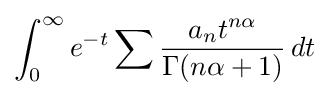
\int _{0}^{\infty }e^{-t}\sum {\frac {a_{n}t^{n\alpha }}{\Gamma (n\alpha +1)}}\,dt